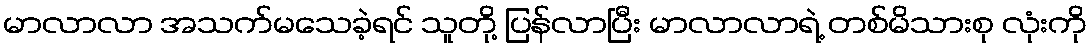
မာလာလာ အသက်မသေခဲ့ရင် သူတို့ ပြန်လာပြီး မာလာလာရဲ့ တစ်မိသားစု လုံးကို